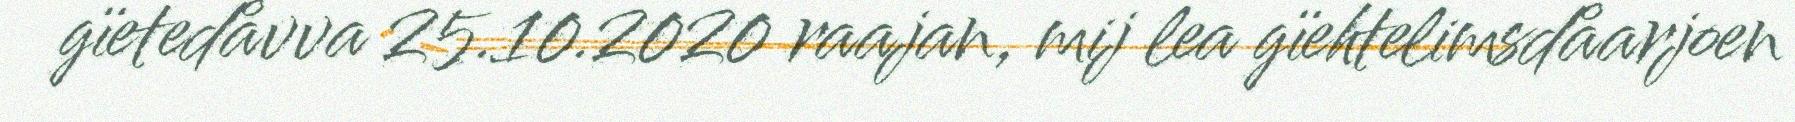
gïetedåvva 25.10.2020 raajan, mij lea gïehtelimsdåarjoen